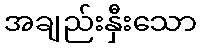
အချည်းနှီးသော